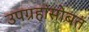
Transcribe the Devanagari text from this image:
उपग्रहांसोबत